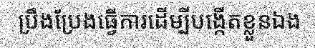
ប្រឹងប្រែងធ្វើការដើម្បីបង្កើតខ្លួនឯង